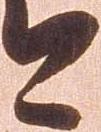
今